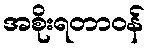
အစိုးရတာဝန်